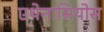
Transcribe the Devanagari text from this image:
एथेनासियोस